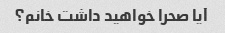
آیا صحرا خواهید داشت خانم؟